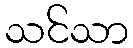
သင်သာ